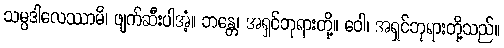
သမ္ပဒါလေဿာမိ၊ ဖျက်ဆီးပါအံ့။ ဘန္တေ၊ အရှင်ဘုရားတို့။ ဝေါ၊ အရှင်ဘုရားတို့သည်။